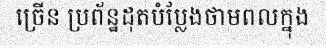
ច្រើន ប្រព័ន្ឋដុតបំប្លែងថាមពលក្នុង